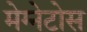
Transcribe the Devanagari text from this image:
मेग्नेटोस